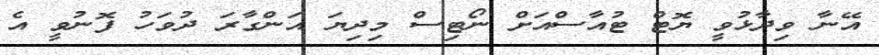
އޭނާ ވިދާޅުވީ ޔޮޓް ޓުއާސްއަށް ނޯޓިސް މިދިޔަ އަންގާރަ ދުވަހު ފޮނުވީ އެ